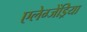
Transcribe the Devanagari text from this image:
एलेग्जेंड्रेिया